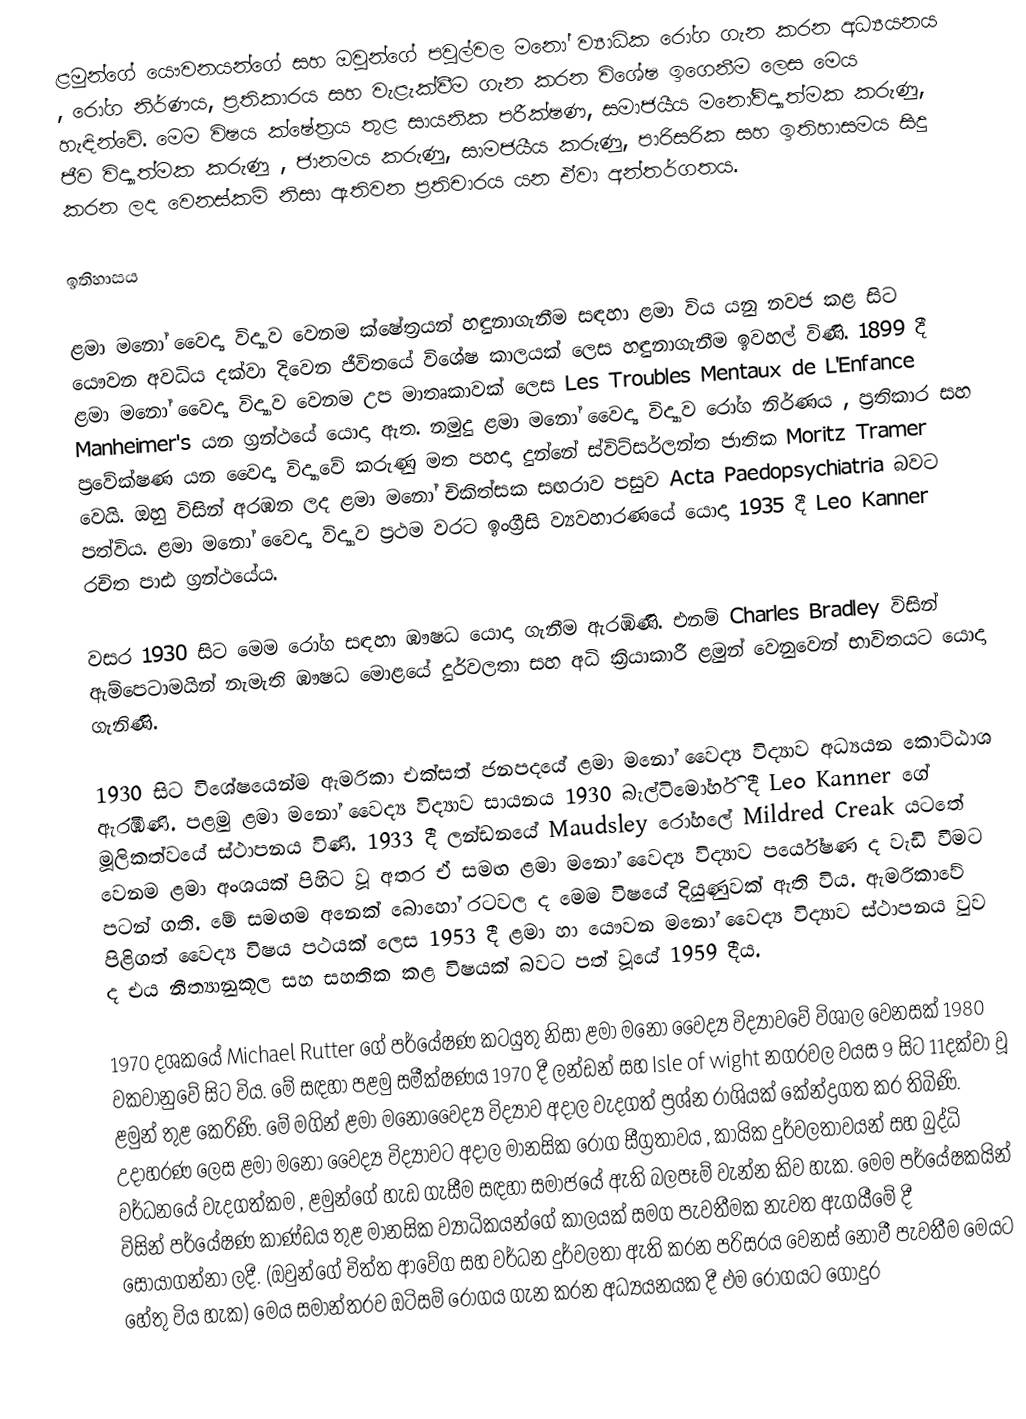
ළමුන්ගේ යෞවනයන්ගේ සහ ඔවුන්ගේ පවුල්වල මනෝ ව්‍යාධික රෝග ගැන කරන අධ්‍යයනය , රෝග නිර්ණය, ප්‍රතිකාරය සහ වැළැක්වීම ගැන කරන විශේෂ ඉගෙනීම ලෙස මෙය හැඳින්වේ. මෙම විෂය ක්ෂේත්‍රය තුළ සායනික පරීක්ෂණ, සමාජයීය මනෝවිද්‍යාත්මක කරුණු, ජීව විද්‍යාත්මක කරුණු , ජානමය කරුණු, සාමජයීය කරුණු, පාරිසරික සහ ඉතිහාසමය සිදු කරන ලද වෙනස්කම් නිසා ඇතිවන ප්‍රතිචාරය යන ඒවා අන්තර්ගතය.

ඉතිහාසය

ළමා ‍මනෝ වෛද්‍ය විද්‍යාව වෙනම ක්ෂේත්‍රයන් හඳුනාගැනීම සඳහා ළමා විය යනු නවජ කළ සිට යෞවන අවධිය දක්වා දිවෙන ජීවිතයේ විශේෂ කාලයක් ලෙස හඳුනාගැනීම ඉවහල් විණි. 1899 දී ළමා ‍මනෝ වෛද්‍ය විද්‍යාව වෙනම උප මාතෘකාවක් ලෙස Les Troubles Mentaux de L'Enfance Manheimer's යන ග්‍රන්ථයේ යොදා ඇත. නමුදු ළමා මනෝ වෛද්‍ය විද්‍යාව රෝග නිර්ණය , ප්‍රතිකාර සහ ප්‍රවේක්ෂණ යන වෛද්‍ය විද්‍යාවේ කරුණු මත පහදා ‍දුන්නේ ස්විට්සර්ලන්ත ජාතික Moritz Tramer වෙයි. ඔහු විසින් අරඹන ලද ළමා මනෝ චිකිත්සක සඟරාව පසුව Acta Paedopsychiatria බවට පත්විය. ළමා මනෝ වෛද්‍ය විද්‍යාව ප්‍රථම වරට ඉංග්‍රීසි ව්‍යවහාරණයේ යොදා 1935 දී Leo Kanner රචිත පාඪ ග්‍රන්ථයේය.

වසර 1930 සිට මෙම රෝග සඳහා ඹෟෂධ යොදා ගැනීම ඇරඹිණි. එනම් Charles Bradley විසින් ඇම්පෙටාමයින් නැමැති ඹෟෂධ මොළයේ දුර්වලතා සහ අධි ක්‍රියාකාරී ළමුන් වෙනුවෙන් භාවිතයට යොදා ගැනිණි.

1930 සිට විශේෂයෙන්ම ඇමරිකා එක්සත් ජනපදයේ ළමා මනෝ වෛද්‍ය විද්‍යාව අධ්‍යයන කොට්ඨාශ ඇරඹිණි. පළමු ළමා මනෝ වෛද්‍ය විද්‍යාව සායනය 1930 බැල්ටිමෝර්හි දී Leo Kanner ගේ මූලිකත්වයේ ස්ථාපනය විණි. 1933 දී ලන්ඩනයේ Maudsley රෝහලේ Mildred Creak යටතේ වෙනම ළමා අංශයක් පිහිට වූ අතර ඒ සමඟ ළමා මනෝ වෛද්‍ය විද්‍යාව පර්යේෂණ ද වැඩි වීමට පටන් ගති. මේ සමඟම අනෙක් බොහෝ රටවල ද මෙම විෂයේ දියුණුවක් ඇති විය. ඇමරිකාවේ පිළිගත් වෛද්‍ය විෂය පථයක් ලෙස 1953 දී ළමා හා යෞවන මනෝ වෛද්‍ය විද්‍යාව ස්ථාපනය වුව ද එය නීත්‍යානුකූල සහ සහතික කළ විෂයක් බවට පත් වූයේ 1959 දීය.

1970 දශකයේ Michael Rutter ගේ පර්යේෂණ කටයුතු නිසා ළමා මනෝ වෛද්‍ය විද්‍යාවවේ විශාල වෙනසක් 1980 වකවානුවේ සිට විය. මේ සඳහා පළමු සමීක්ෂණය 1970 දී ලන්ඩන් සහ Isle of wight නගරවල වයස 9 සිට 11දක්වා වූ ළමුන් තුළ කෙරිණි. මේ මගින් ළමා මනෝවෛද්‍ය විද්‍යාව  අදාල වැදගත් ප්‍රශ්න රාශියක් කේන්ද්‍රගත කර තිබිණි. උදාහරණ ලෙස ළමා මනෝ වෛද්‍ය විද්‍යාවට  අදාල මානසික රෝග සීග්‍රතාවය , කායික දුර්වලතාවයන් සහ බුද්ධි වර්ධනයේ වැදගත්කම , ළමුන්ගේ හැඩ ගැසීම සඳහා සමාජයේ ඇති බලපෑම් වැන්න කිව හැක. මෙම පර්යේෂකයින් විසින් පර්යේෂණ කාණ්ඩය තුළ මානසික ව්‍යාධිකයන්ගේ කාලයක් සමග පැවතීමක නැවත ඇගයීමේ දී සොයාගන්නා ලදී. (ඔවුන්ගේ චිත්ත ආවේග සහ වර්ධන දුර්වලතා ඇති කරන පරිසරය වෙනස් නොවී පැවතීම මෙයට හේතු විය හැක) මෙය සමාන්තරව ඔටිසම් රෝගය ගැන කරන අධ්‍යයනයක දී එම රෝග‍යට ගොදුර